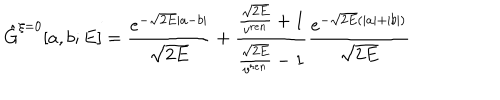
\hat { G } ^ { \xi = 0 } [ a , b ; E ] = \frac { e ^ { - \sqrt { 2 E } | a - b | } } { \sqrt { 2 E } } + \frac { \frac { \sqrt { 2 E } } { v ^ { r e n } } + 1 } { \frac { \sqrt { 2 E } } { v ^ { r e n } } - 1 } \frac { e ^ { - \sqrt { 2 E } ( | a | + | b | ) } } { \sqrt { 2 E } }